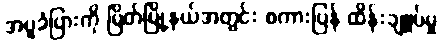
အပူခံပြားကို မြိတ်မြို့နယ်အတွင်း စကားပြန် ထိန်းချူပ်မှု